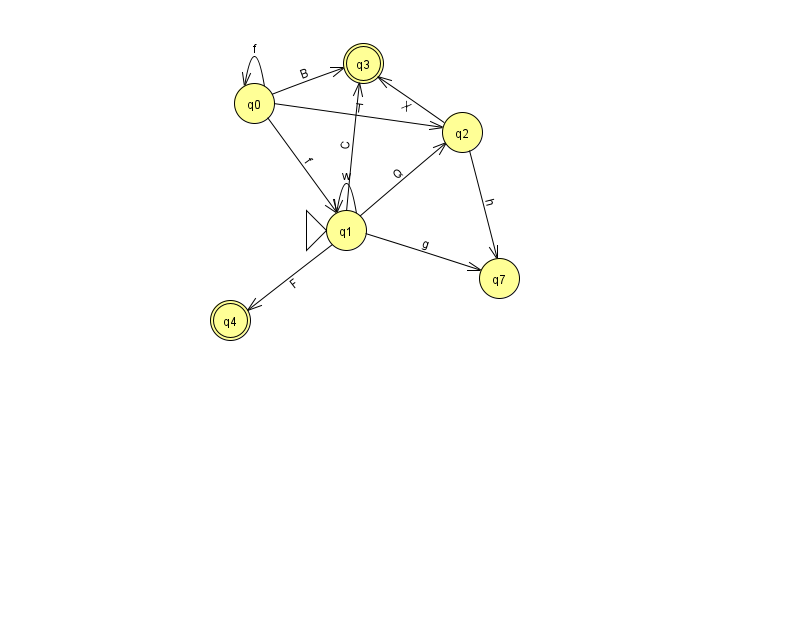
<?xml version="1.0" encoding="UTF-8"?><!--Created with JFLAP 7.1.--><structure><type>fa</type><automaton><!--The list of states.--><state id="0" name="q0"><x>254.0</x><y>90.0</y></state><state id="1" name="q1"><x>346.0</x><y>217.0</y><initial/></state><state id="2" name="q2"><x>462.0</x><y>119.0</y></state><state id="3" name="q3"><x>363.0</x><y>50.0</y><final/></state><state id="4" name="q4"><x>230.0</x><y>307.0</y><final/></state><state id="7" name="q7"><x>499.0</x><y>265.0</y></state><!--The list of transitions.--><transition><from>0</from><to>3</to><read>B</read></transition><transition><from>1</from><to>4</to><read>F</read></transition><transition><from>0</from><to>2</to><read>T</read></transition><transition><from>0</from><to>0</to><read>f</read></transition><transition><from>1</from><to>1</to><read>w</read></transition><transition><from>0</from><to>1</to><read>f</read></transition><transition><from>1</from><to>7</to><read>g</read></transition><transition><from>2</from><to>3</to><read>X</read></transition><transition><from>2</from><to>7</to><read>h</read></transition><transition><from>1</from><to>2</to><read>Q</read></transition><transition><from>1</from><to>3</to><read>C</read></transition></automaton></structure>